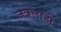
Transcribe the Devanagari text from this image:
जत्रेलाही